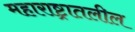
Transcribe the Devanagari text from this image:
महाराष्ट्रातलील